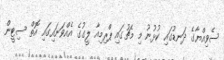
ސެވިއްޔާގެ ދަނޑުގައި ކުޅުނު މި މެޗުގައި ޕްރިމިއާ ލީގުގެ އެއްވަނައިގައި އޮތް ސިޓީން